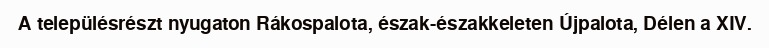
A településrészt nyugaton Rákospalota, észak-északkeleten Újpalota, Délen a XIV.